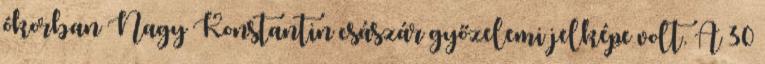
ókorban Nagy Konstantin császár győzelemi jelképe volt. A 30